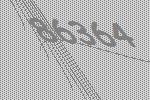
86364